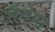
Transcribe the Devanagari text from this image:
मॅथेमा